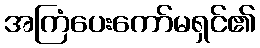
အကြံပေးကော်မရှင်၏